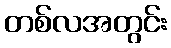
တစ်လအတွင်း